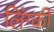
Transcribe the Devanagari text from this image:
लिंग्‍की